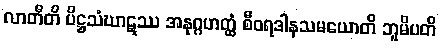
လာတီတိ ပိဋ္ဌသံဃာဋဿ အနုဂ္ဂဟတ္ထံ စီဝရဒါနသမယောတိ ဘူမိပတိ